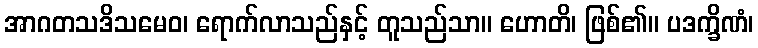
အာဂတသဒိသမေဝ၊ ရောက်လာသည်နှင့် တူသည်သာ။ ဟောတိ၊ ဖြစ်၏။ ပဒက္ခိဏံ၊